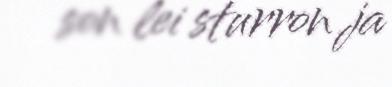
son lei sturron ja